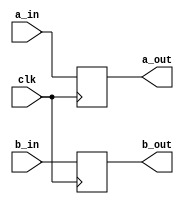
module ab(a_in,b_in,a_out,b_out,clk);
  input            clk ;
  input   [31:0]  a_in ; 
  output  [31:0]  a_out ;
  reg     [31:0]  a_out ;
  input   [31:0]  b_in ; 
  output  [31:0]  b_out ;
  reg     [31:0]  b_out ;
  always @ ( posedge clk )
  begin
    a_out <= a_in ;
    b_out <= b_in ;
  end
endmodule